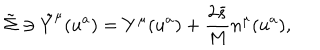
\tilde { \Sigma } \ni \tilde { Y } ^ { \mu } ( u ^ { a } ) = Y ^ { \mu } ( u ^ { a } ) + \frac { 2 \bar { s } } { M } n ^ { \mu } ( u ^ { a } ) ,